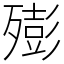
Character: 㱶